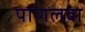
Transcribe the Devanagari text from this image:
पाणलवा